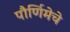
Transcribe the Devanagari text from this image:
पौर्णिमेचे